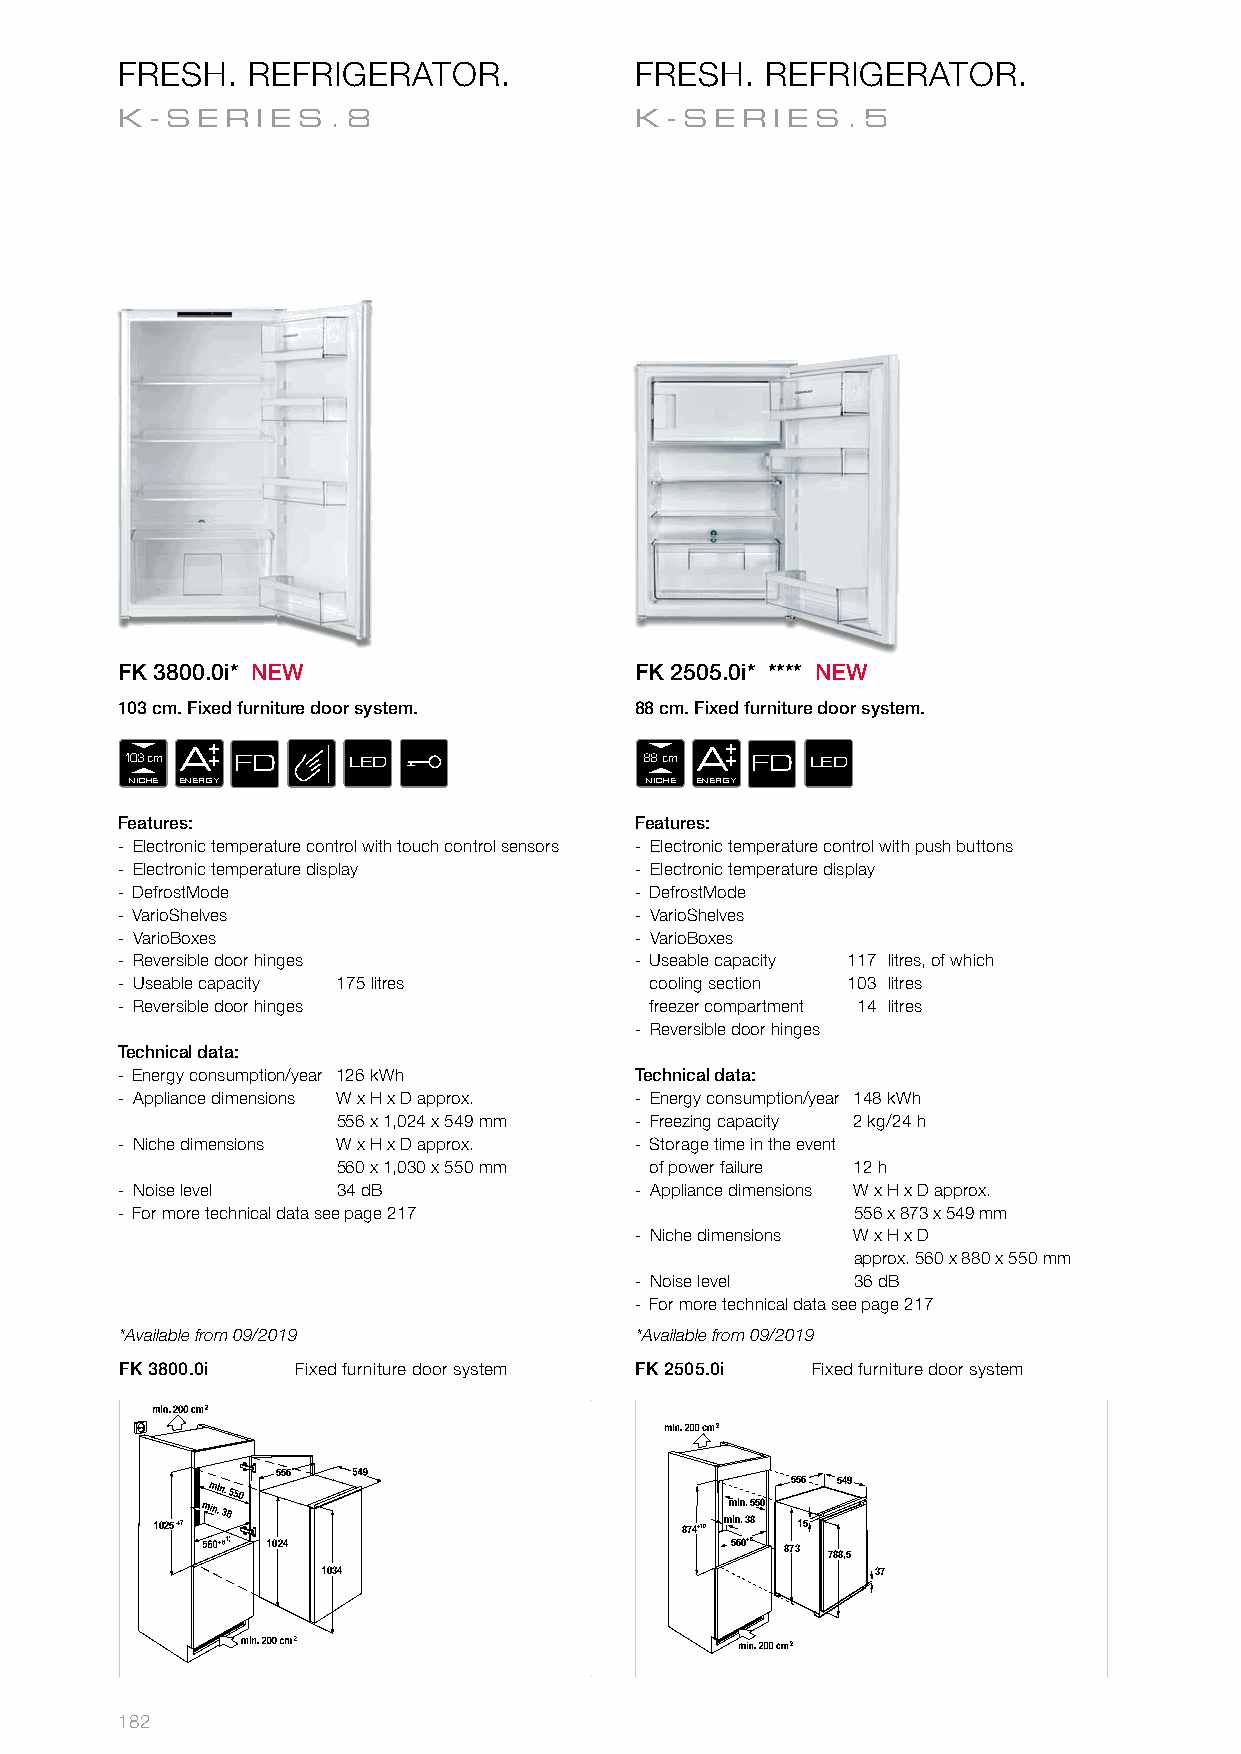
FRESH.  REFRIGERATOR.             FRESH.   REFRIGERATOR.
 K-SER    IES.8                    K- SERIES     .5
 FK 3800.0i* NEW                   FK 2505.0i* **** NEW
 103 cm. Fixed furniture door system. 88 cm. Fixed furniture door system.
 103 cm A FD    LED                 88 cm A FD LED
 NICHE ENERGY                       NICHE ENERGY
 Features:                         Features:
 - Electronic temperature control with touch control sensors - Electronic temperature control with push buttons
 - Electronic temperature display  - Electronic temperature display
 - DefrostMode                     - DefrostMode
 - VarioShelves                    - VarioShelves
 - VarioBoxes                      - VarioBoxes
 - Reversible door hinges          - Useable capacity 117 litres, of which
 - Useable capacity 175 litres      cooling section 103 litres
 - Reversible door hinges           freezer compartment 14 litres
 - Reversible door hinges
 Technical data:
 - Energy consumption/year 126 kWh Technical data:
 - Appliance dimensions W x H x D approx. - Energy consumption/year 148 kWh
 556 x 1,024 x 549 mm - Freezing capacity 2 kg/24 h
 - Niche dimensions W x H x D approx. - Storage time in the event
 560 x 1,030 x 550 mm of power failure 12 h
 - Noise level 34 dB               - Appliance dimensions W x H x D approx.
 - For more technical data see page 217          556 x 873 x 549 mm
 - Niche dimensions W x H x D
 approx. 560 x 880 x 550 mm
 - Noise level 36 dB
 - For more technical data see page 217
 *Available from 09/2019           *Available from 09/2019
 FK 3800.0i  Fixed furniture door system FK 2505.0i Fixed furniture door system
 556
 556 549
 min. 550
 1025+7                             874+10 min. 38 15
 1024                          560+8 873
 788,5
 1034                                 37
 182